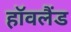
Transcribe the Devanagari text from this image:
हॉवलैंड